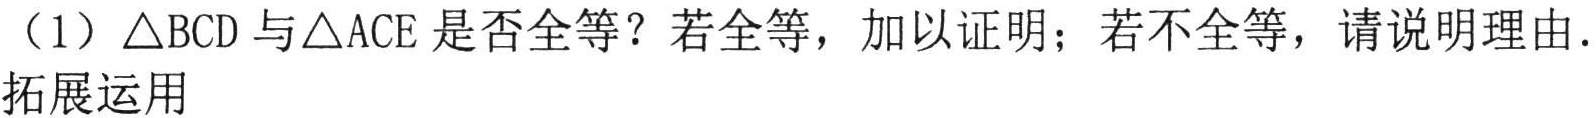
（1）$\triangle BCD$与$\triangle ACE$是否全等？若全等，加以证明；若不全等，请说明理由.
拓展运用